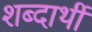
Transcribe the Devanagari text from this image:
शब्दार्थी